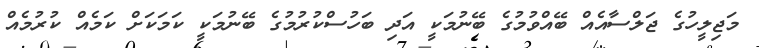
މަޖިލީހުގެ ޖަލްސާއެއް ބޭއްވުމުގެ ބޭނުމަކީ އަދި ބަހުސްކުރުމުގެ ބޭނުމަކީ ކަމަކަށް ކަމެއް ކުރުމެއް